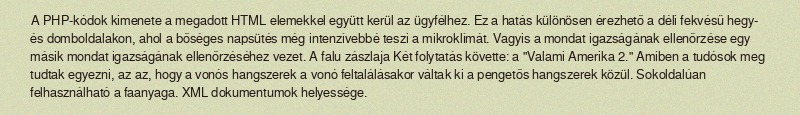
A PHP-kódok kimenete a megadott HTML elemekkel együtt kerül az ügyfélhez. Ez a hatás különösen érezhető a déli fekvésű hegy- és domboldalakon, ahol a bőséges napsütés még intenzívebbé teszi a mikroklímát. Vagyis a mondat igazságának ellenőrzése egy másik mondat igazságának ellenőrzéséhez vezet. A falu zászlaja Két folytatás követte: a "Valami Amerika 2." Amiben a tudósok meg tudtak egyezni, az az, hogy a vonós hangszerek a vonó feltalálásakor váltak ki a pengetős hangszerek közül. Sokoldalúan felhasználható a faanyaga. XML dokumentumok helyessége.